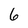
Character: 6